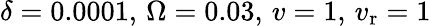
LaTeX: \delta=0.0001,\, \Omega=0.03,\, v=1,\, v_{\mathrm{r}}=1